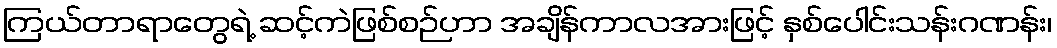
ကြယ်တာရာတွေရဲ့ ဆင့်ကဲဖြစ်စဉ်ဟာ အချိန်ကာလအားဖြင့် နှစ်ပေါင်းသန်းဂဏန်း၊